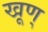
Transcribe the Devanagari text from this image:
खूण्